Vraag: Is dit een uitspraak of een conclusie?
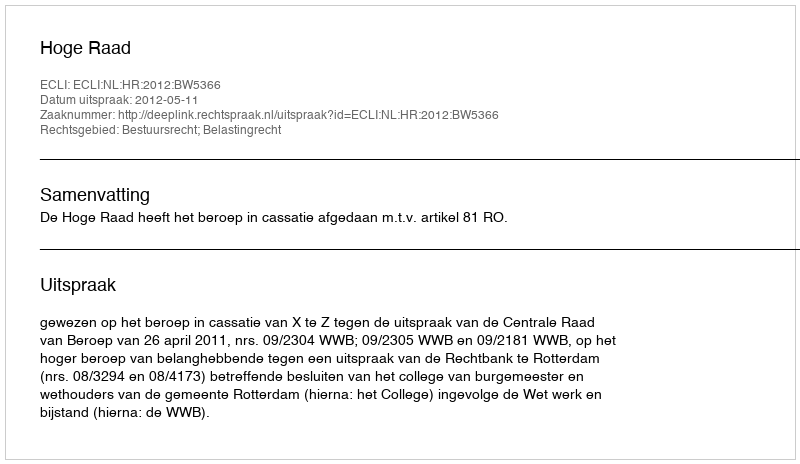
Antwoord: Uitspraak